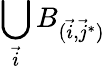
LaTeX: \bigcup_{\vec{i}}B_{(\vec{i},\vec{j}^{*})}